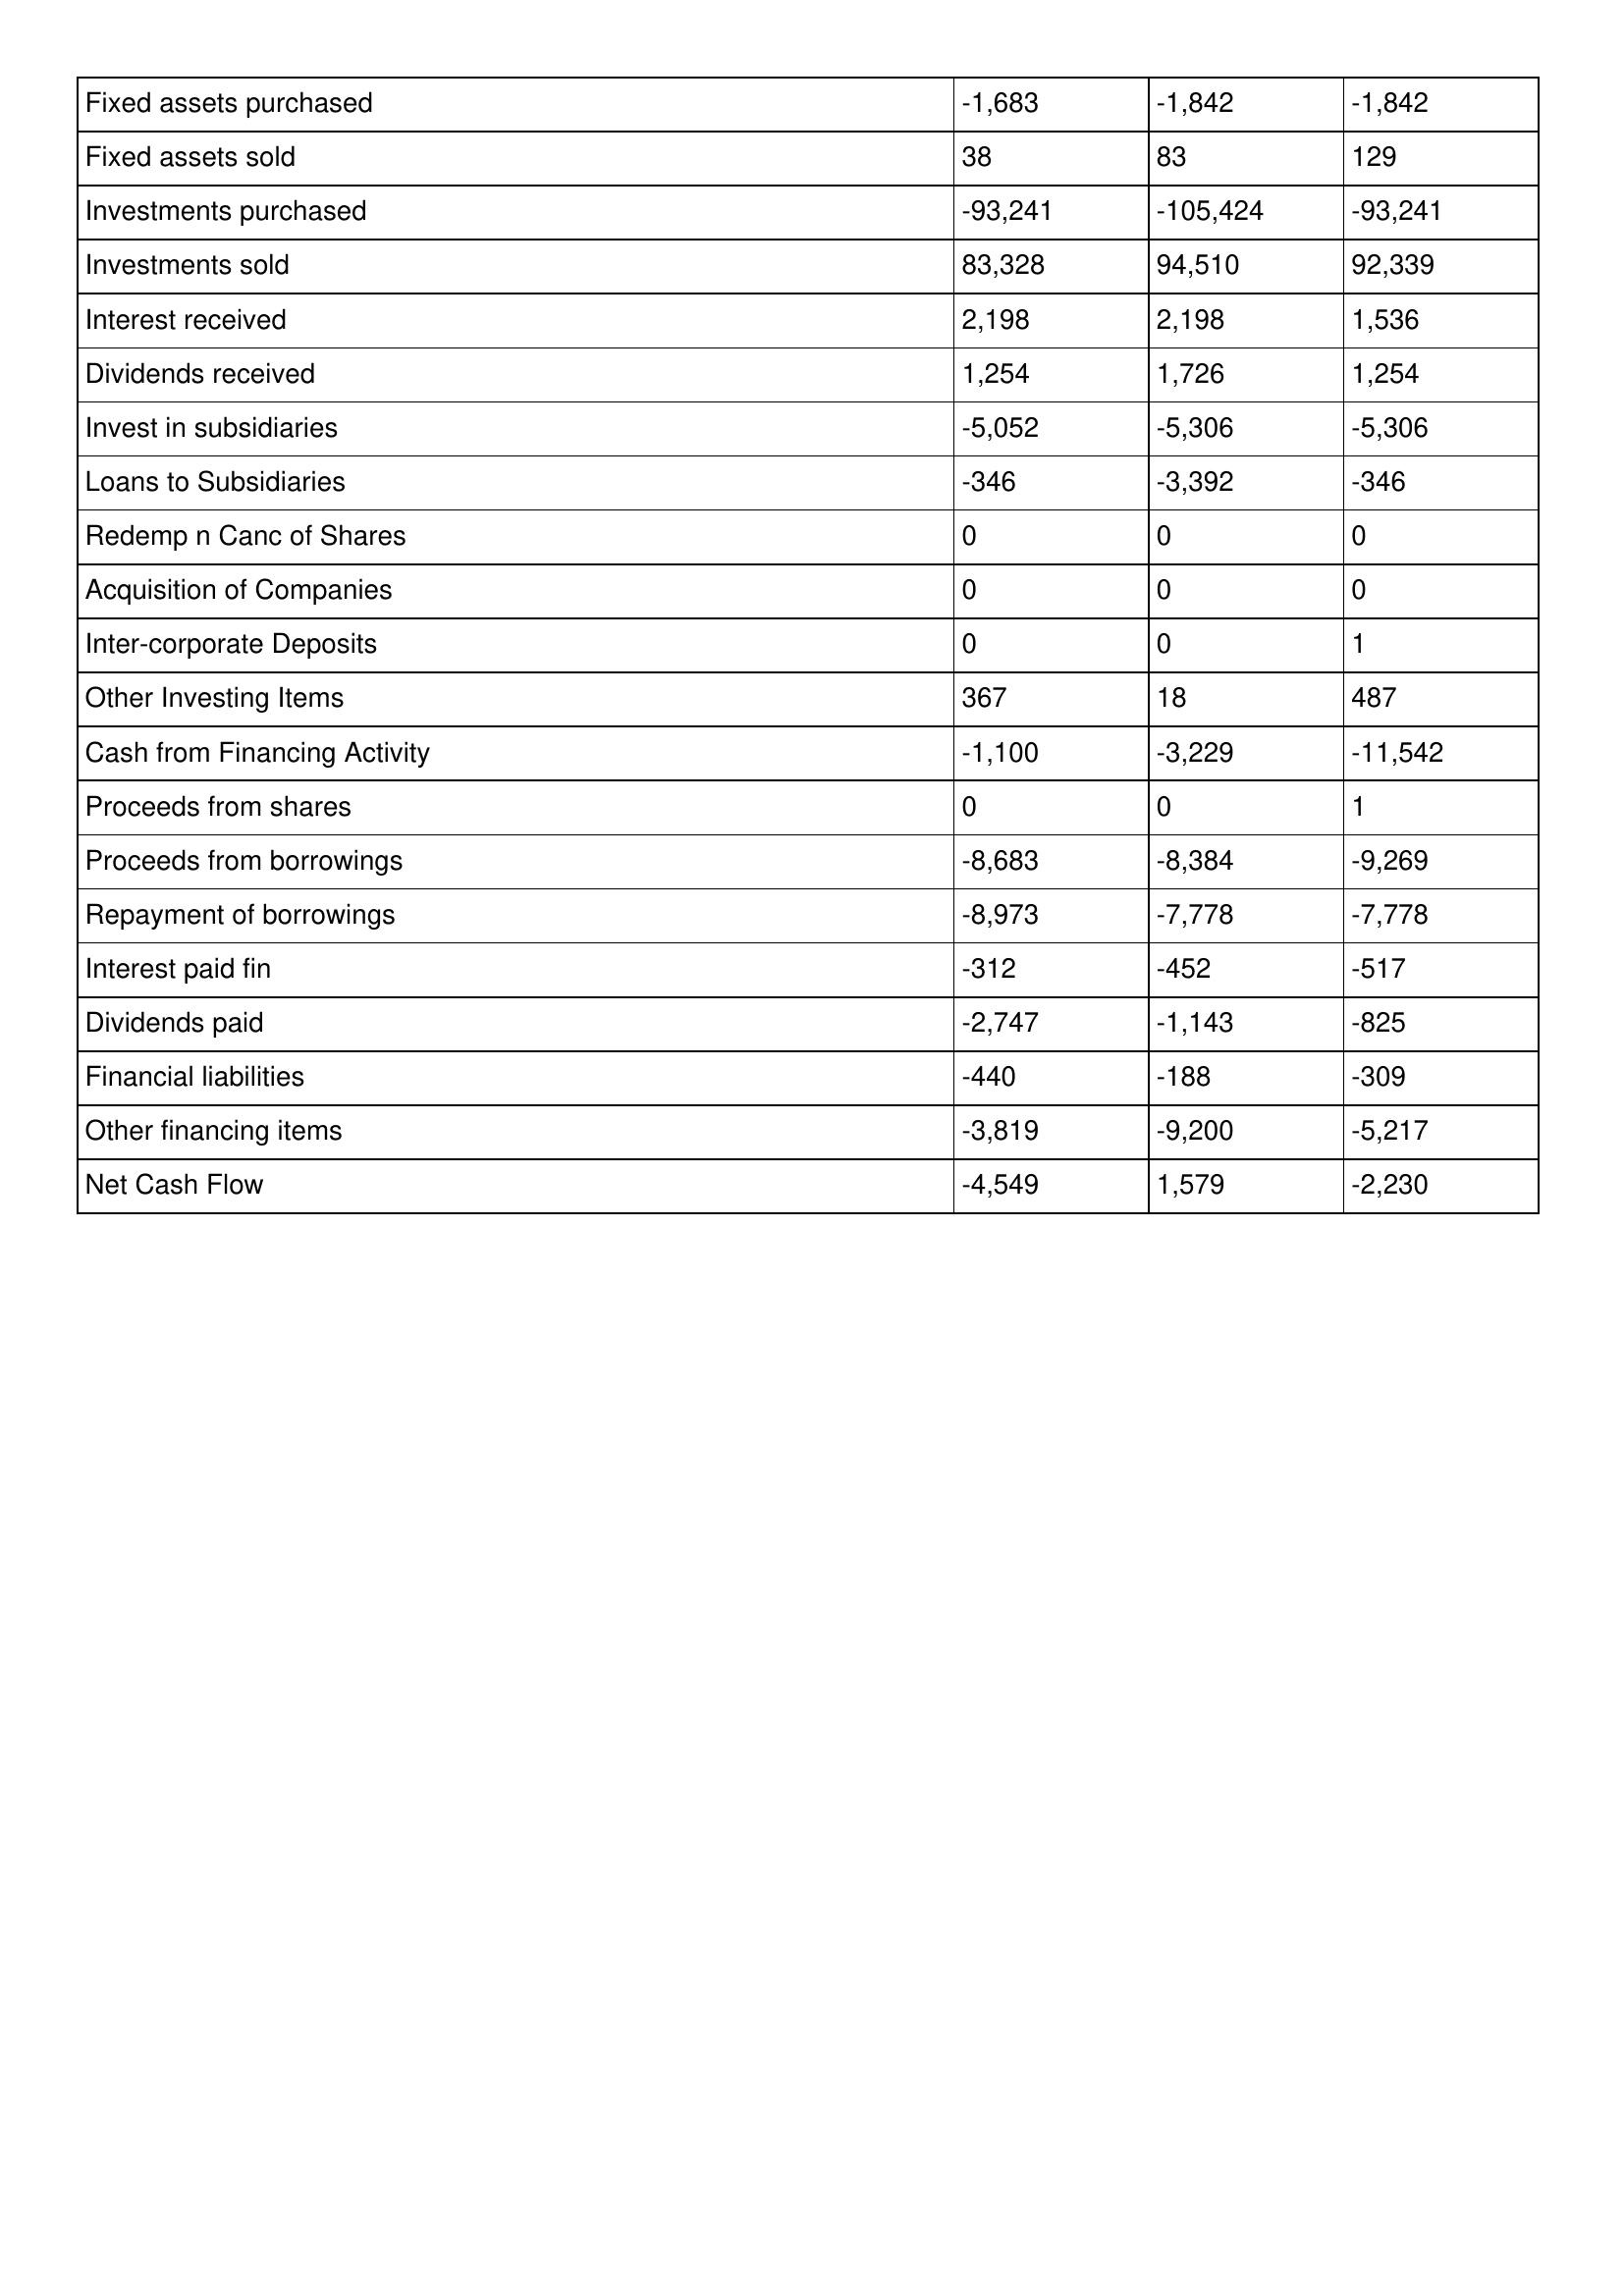
gt_parse: 2007: Cash Flows: Fixed assets purchased: -1,683
Fixed assets sold: 38
Investments purchased: -93,241
Investments sold: 83,328
Interest received: 2,198
Dividends received: 1,254
Invest in subsidiaries: -5,052
Loans to Subsidiaries: -346
Redemp n Canc of Shares: 0
Acquisition of Companies: 0
Inter-corporate Deposits: 0
Other Investing Items: 367
Cash from Financing Activity: -1,100
Proceeds from shares: 0
Proceeds from borrowings: -8,683
Repayment of borrowings: -8,973
Interest paid fin: -312
Dividends paid: -2,747
Financial liabilities: -440
Other financing items: -3,819
Net Cash Flow: -4,549
2006: Cash Flows: Fixed assets purchased: -1,842
Fixed assets sold: 83
Investments purchased: -105,424
Investments sold: 94,510
Interest received: 2,198
Dividends received: 1,726
Invest in subsidiaries: -5,306
Loans to Subsidiaries: -3,392
Redemp n Canc of Shares: 0
Acquisition of Companies: 0
Inter-corporate Deposits: 0
Other Investing Items: 18
Cash from Financing Activity: -3,229
Proceeds from shares: 0
Proceeds from borrowings: -8,384
Repayment of borrowings: -7,778
Interest paid fin: -452
Dividends paid: -1,143
Financial liabilities: -188
Other financing items: -9,200
Net Cash Flow: 1,579
2005: Cash Flows: Fixed assets purchased: -1,842
Fixed assets sold: 129
Investments purchased: -93,241
Investments sold: 92,339
Interest received: 1,536
Dividends received: 1,254
Invest in subsidiaries: -5,306
Loans to Subsidiaries: -346
Redemp n Canc of Shares: 0
Acquisition of Companies: 0
Inter-corporate Deposits: 1
Other Investing Items: 487
Cash from Financing Activity: -11,542
Proceeds from shares: 1
Proceeds from borrowings: -9,269
Repayment of borrowings: -7,778
Interest paid fin: -517
Dividends paid: -825
Financial liabilities: -309
Other financing items: -5,217
Net Cash Flow: -2,230